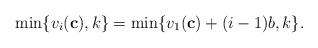
LaTeX: \begin{align*}\min\{ v_i(\mathbf{c}), k \} = \min \{v_1(\mathbf{c}) + (i-1) b, k \}.\end{align*}